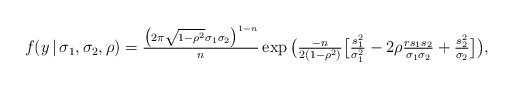
\begin{align*}f (y \, | \, \sigma_{1}, \sigma_{2}, \rho) = \tfrac{\big ( 2 \pi \sqrt{1 - \rho^{2}} \sigma_{1} \sigma_{2} \big ) ^{1-n}}{n} \exp \big ( \tfrac{-n}{2(1-\rho^{2})} \big [ \tfrac{s_{1}^{2}}{\sigma_{1}^{2}} - 2 \rho \tfrac{r s_{1} s_{2}}{\sigma_{1} \sigma_{2} } + \tfrac{s_{2}^{2}}{\sigma_{2}} \big ] \big ),\end{align*}